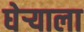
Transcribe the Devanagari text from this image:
घेऱ्याला